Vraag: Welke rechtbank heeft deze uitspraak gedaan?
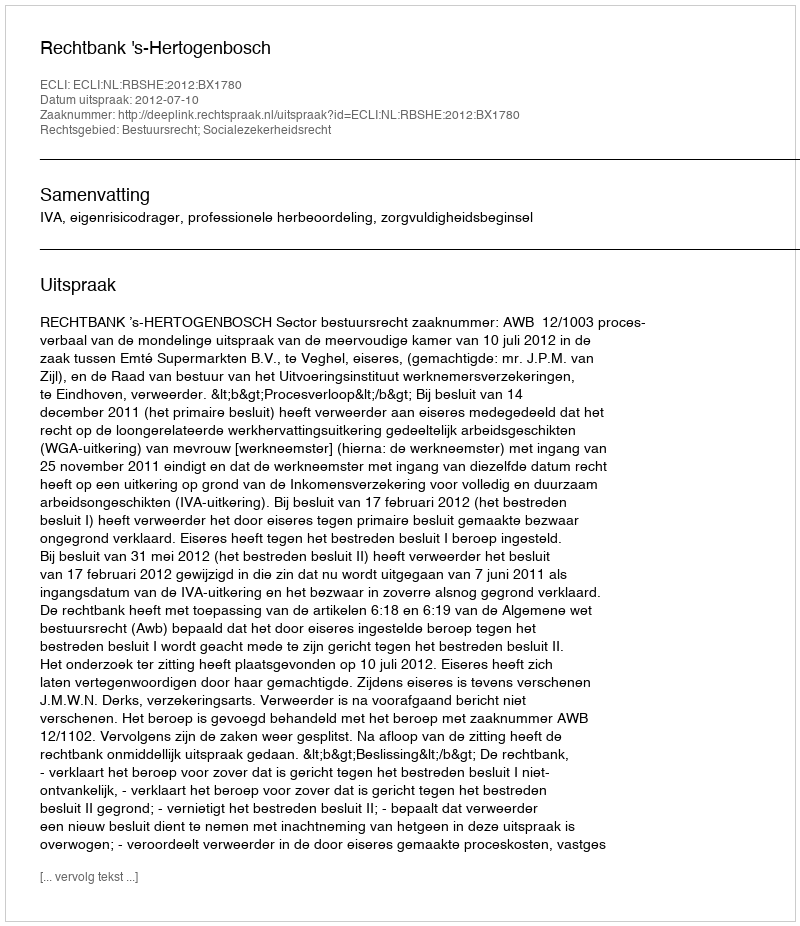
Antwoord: Rechtbank 's-Hertogenbosch